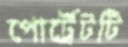
পোর্ট্রেটটি